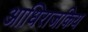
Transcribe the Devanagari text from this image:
आधिराजकिय